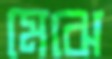
মেঝে